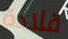
قلادة